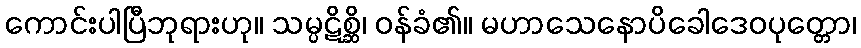
ကောင်းပါပြီဘုရားဟု။ သမ္ပဋိစ္ဆိ၊ ဝန်ခံ၏။ မဟာသေနောပိခေါဒေဝပုတ္တော၊